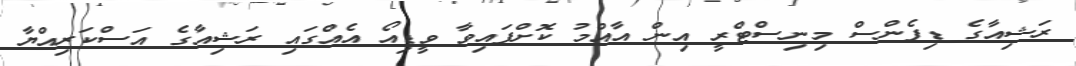
ރަޝިއާގެ ޑިފެންސް މިނިސްޓްރީ އިން އާއްމު ކޮށްފައިވާ ވީޑިއޯ އެއްގައި ރަޝިއާގެ އަސްކަރިއްޔާ